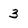
Character: 3